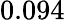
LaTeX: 0.094